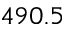
4 9 0 . 5